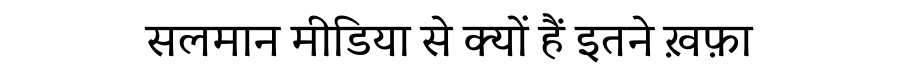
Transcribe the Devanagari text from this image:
सलमान मीडिया से क्यों हैं इतने ख़फ़ा